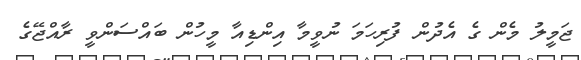
ޖަމީލު މެން ގެ އެދުން ފުރިހަމަ ނުވީމާ އިންޑިއާ މީހުން ބައްސަންވީ ރާއްޖޭގެ